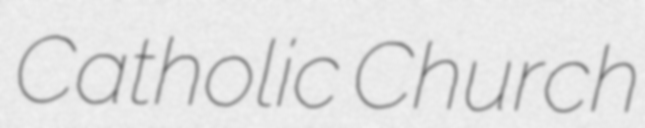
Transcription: Catholic Church